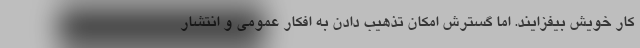
کار خویش بیفزایند. اما گسترش امکانِ تذهیب دادن به افکار عمومی و انتشار